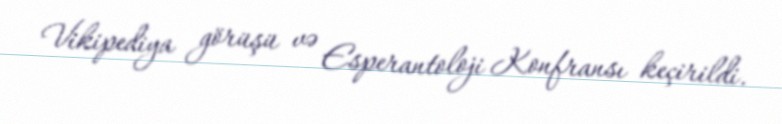
Vikipediya görüşü və Esperantoloji Konfransı keçirildi.